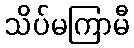
သိပ်မကြာမီ